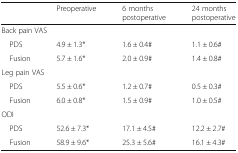
|  | Preoperative | 6 months postoperative | 24 months postoperative |
 | --- | --- | --- | --- |
 | <COLSPAN=4> Back pain VAS |
 | PDS | 4.9 ± 1.3* | 1.6 ± 0.4# | 1.1 ± 0.6# |
 | Fusion | 5.7 ± 1.6* | 2.0 ± 0.9# | 1.4 ± 0.8# |
 | <COLSPAN=4> Leg pain VAS |
 | PDS | 5.5 ± 0.6* | 1.2 ± 0.7# | 0.5 ± 0.3# |
 | Fusion | 6.0 ± 0.8* | 1.5 ± 0.9# | 1.0 ± 0.5# |
 | <COLSPAN=4> ODI |
 | PDS | 52.6 ± 7.3* | 17.1 ± 4.5# | 12.2 ± 2.7# |
 | Fusion | 58.9 ± 9.6* | 25.3 ± 5.6# | 16.1 ± 4.3# |